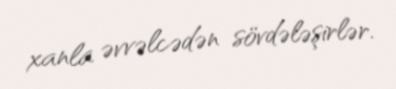
xanla əvvəlcədən sövdələşirlər.